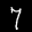
Label: 7